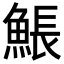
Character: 𩸕